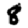
Digit: 8